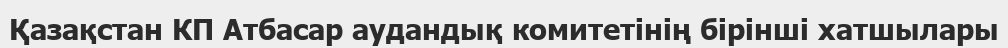
Қазақстан КП Атбасар аудандық комитетінің бірінші хатшылары